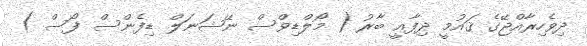
ދިވެހިރާއްޖޭގެ ޤައުމީ ދިފާޢީ ބާރު ( މޯލްޑިވްސް ނޭޝަނަލް ޑިފެންސް ފޯސް )